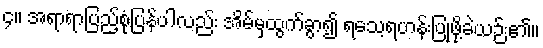
၄။ အရာရာပြည့်စုံပြန်ပါလည်း အိမ်မှထွက်ခွာ၍ ရသေ့ရဟန်းပြုဖို့ခဲယဉ်း၏။